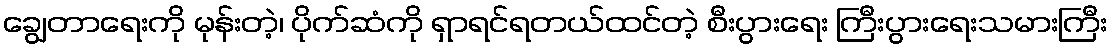
ချွေတာရေးကို မုန်းတဲ့၊ ပိုက်ဆံကို ရှာရင်ရတယ်ထင်တဲ့ စီးပွားရေး ကြီးပွားရေးသမားကြီး